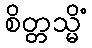
စိတ္တသ္မိံ